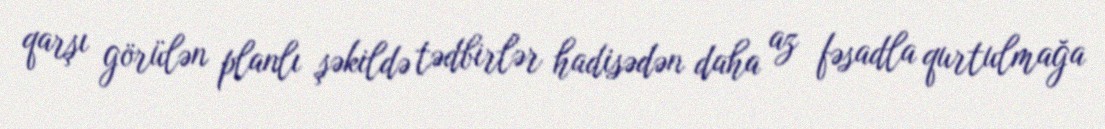
qarşı görülən planlı şəkildə tədbirlər hadisədən daha az fəsadla qurtulmağa